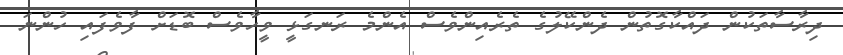
ދިރާސާތަކުން ދައްކާގޮތުން ދެންކޭލުގެ ތެރެއިންވެސް އެންމެ ރަނގަޅީ ވީހާވެސް ބޮޑަށް ފާވެފައި ހުންނަ